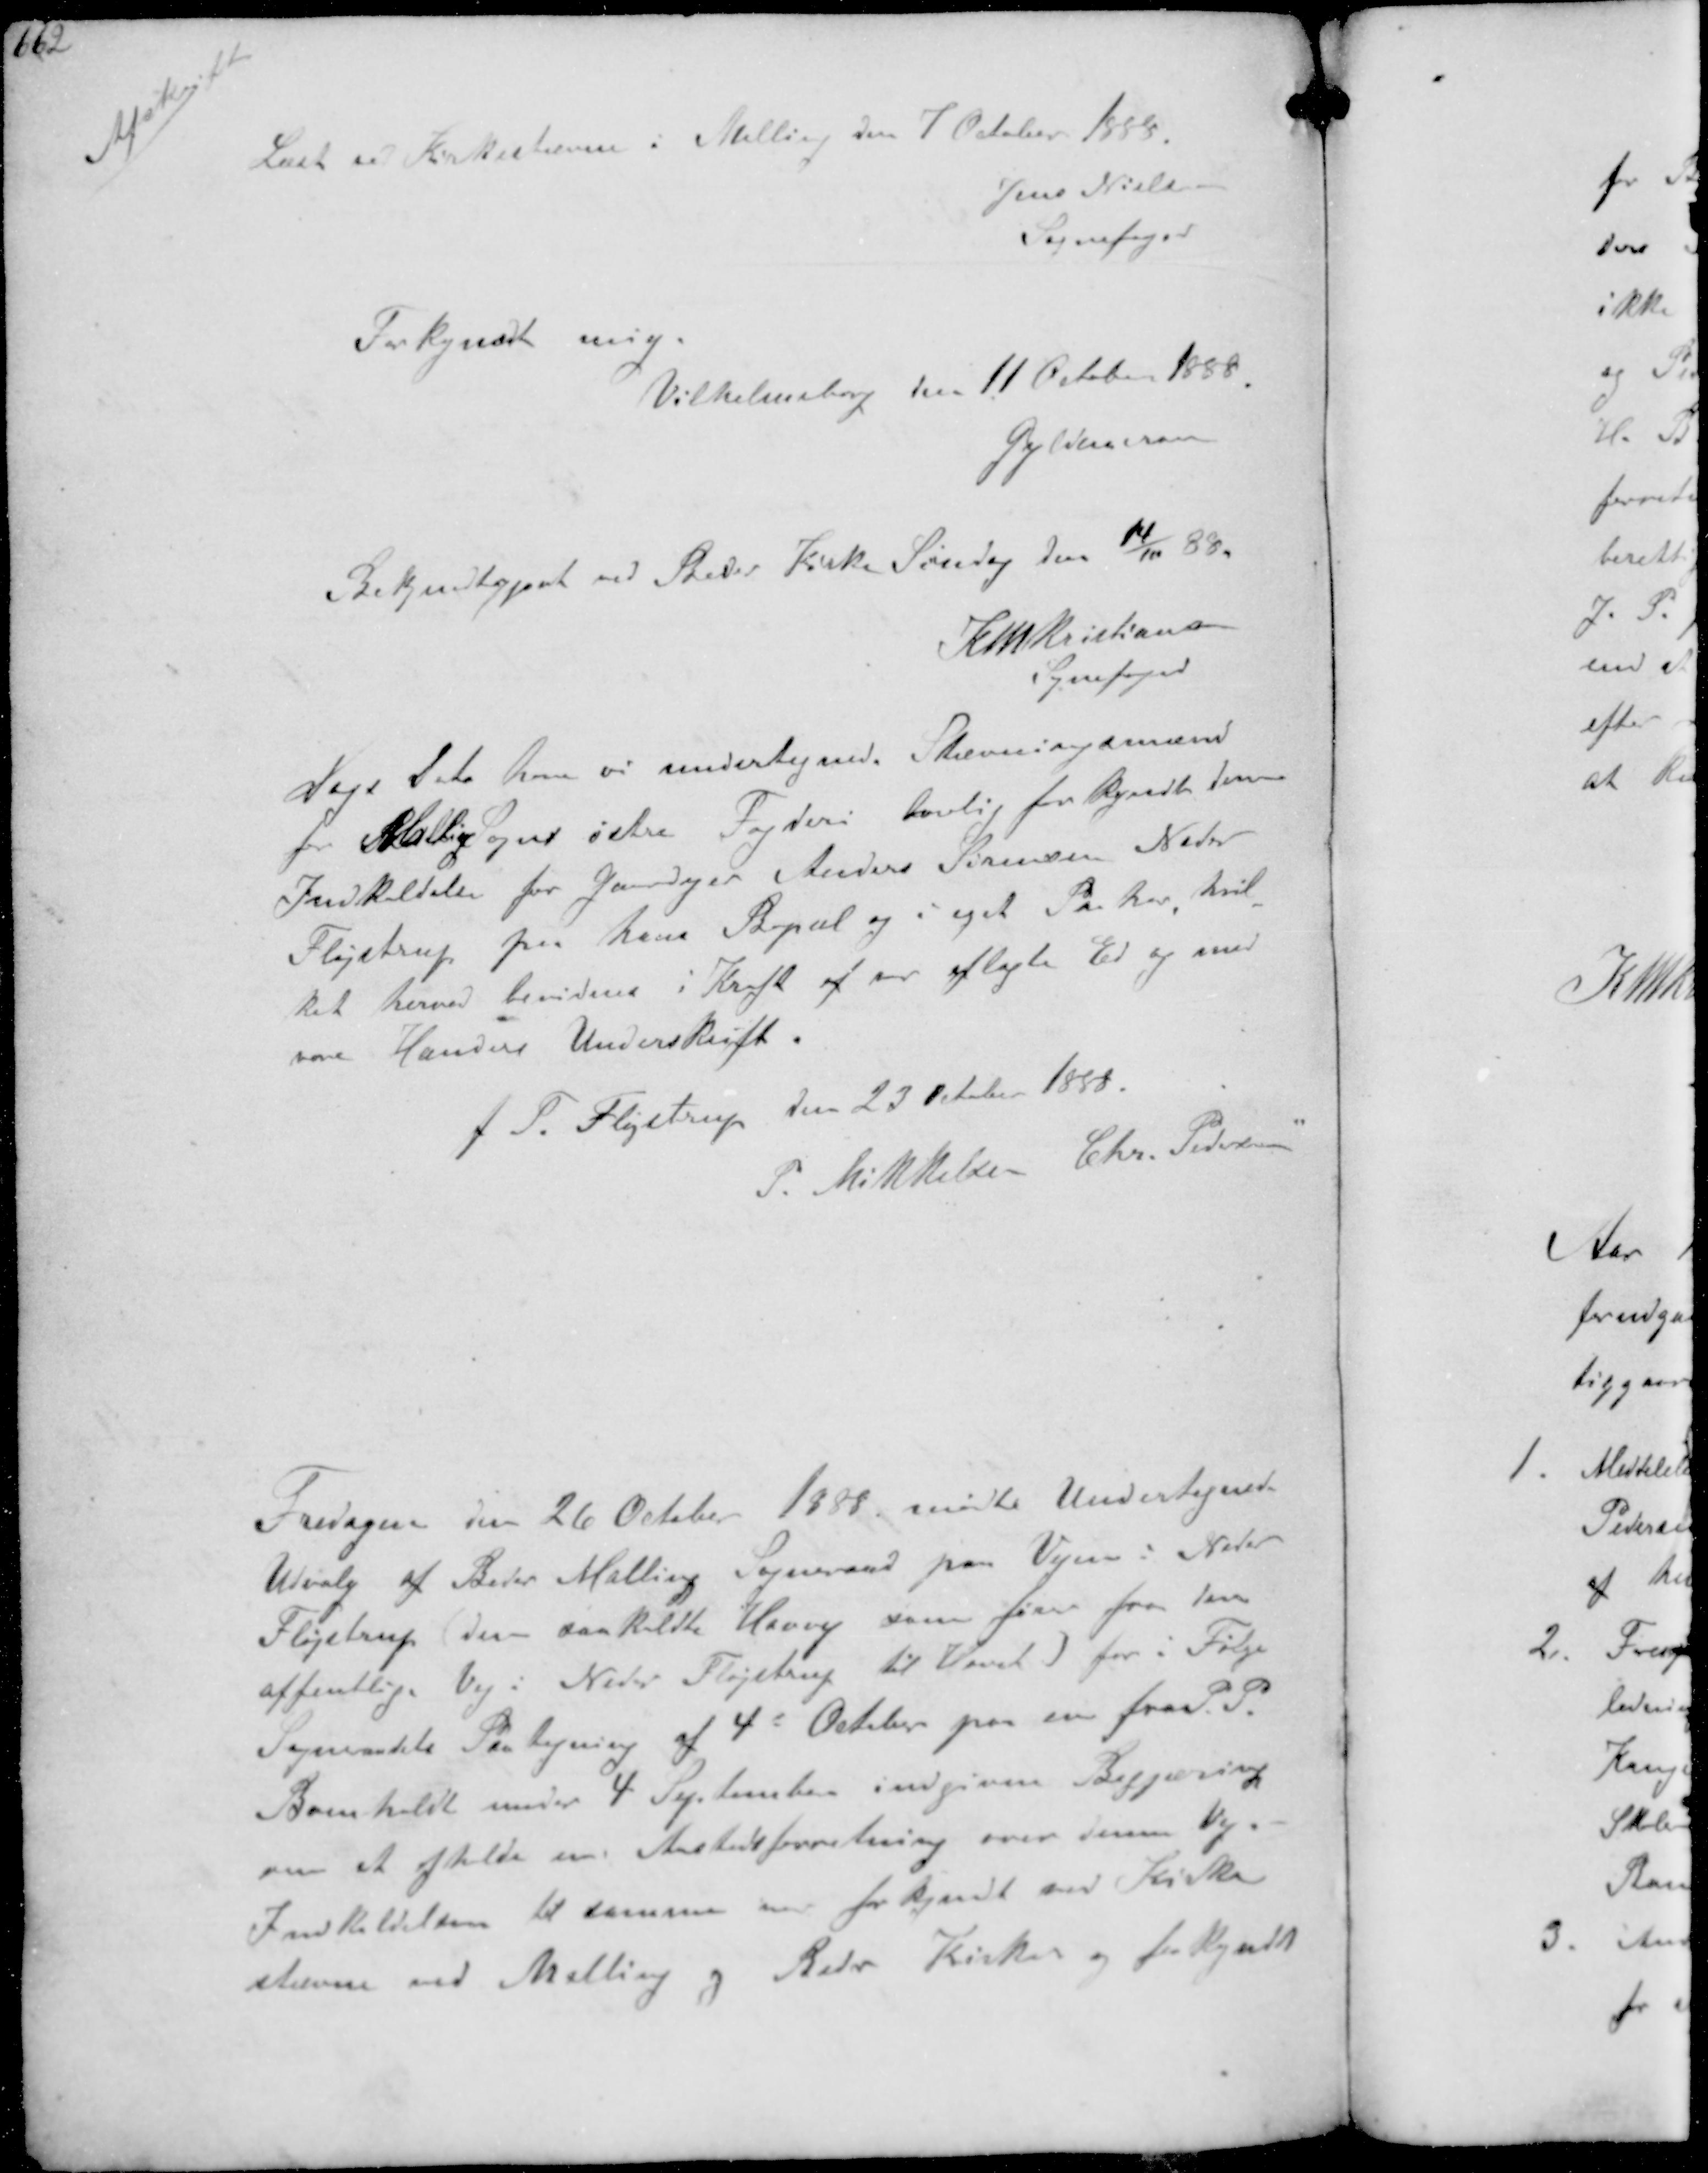
Transskription:
Afskrift

Læst ved Kirkestævne i Malling den 7 Oktober 1888

Jens Nielsen
Sognefoged

Forkjyndt mig.
Vilhelmsborg den 11 Oktober 1888

Gyldencrone

Bekendtgjort ved Beder kirke Søndag den 14/11 88.

K N M Kristiansen
Sognefoged

Dags dato har vi undertegnede. Stævningsmænd
for Malling Sogns østre Fogderi lovlig forkyndt denne
Indkaldelse for Gaardejer Anders Sørensen Neder
Fløjstrup paa hans Bopæl og i eget Paahør hvil-
ket herved bevidnes i Kraft af os aflagte Ed og med
vore Hænders Underskrift.
J P. Fløjstrup den 23 Oktober 1888.
P Mikkelsen Chr. Pedersen

Fredagen den 26 October 1888 mødte Undertegnede
Udvalg af Beder Malling Sogneraad paa Vejen i Neder
Fløjstrup den saakaldte Havvej som fører fra den
offentlige Vej i Neder Fløjstrup til Havet for i Følge
Sogneraadets Paategning af 4d October paa en fra P P 
Bomholdt under 4 September indgiven Begjæring
om at holde en Aastedsforretning over denne Vej
Indkaldelsen til samme en forkjyndt ved Kirke-
stævne ved Malling og Beder Kirke og forkjyndt